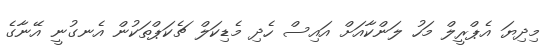
މިދިޔަ އެޕްރީލް މަހު ލަންކާއަށް އައިސް ހެދި މެޑިކަލް ޗެކަޕްތަކުން އެނގުނީ އޭނާގެ